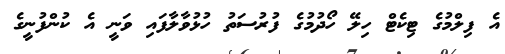
އެ ފިލްމުގެ ޓިކެޓް ހިލޭ ހޯދުމުގެ ފުރުސަތު ހުޅުވާލާފައި ވަނީ އެ ކުންފުނީގެ